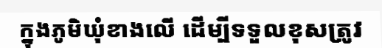
ក្នុងភូមិឃុំខាងលើ ដើម្បីទទួលខុសត្រូវ